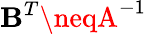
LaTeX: \mathbf{B}^{T}\neqA^{-1}